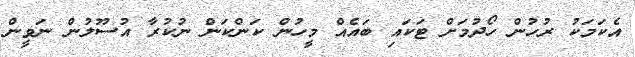
އެކަމަކު ރުހުން ހޯދުމަށް ޓަކައި ބައެއް މީހުން ކަންކަން ނުކުރާ އުސޫލުން ނަވީން